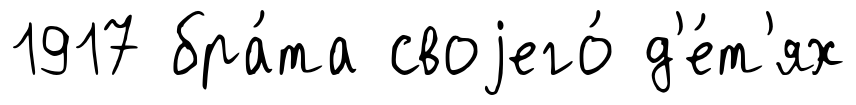
1917 бра́та своjего́ д'е́т'ях